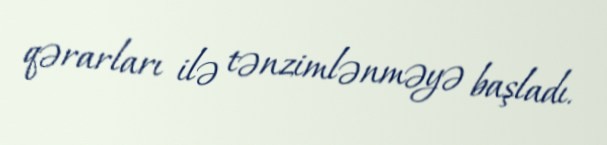
qərarları ilə tənzimlənməyə başladı.